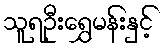
သူရဦးရွှေမန်းနှင့်